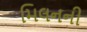
મિલનની